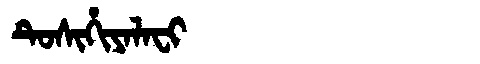
Manchu: ᡨᡠᠰᡳᡥᡳᠶᠠᠯᠠᠸᡳ
Romanization: TUSIHIYALAFI